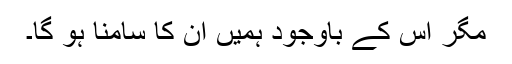
مگر اس کے باوجود ہمیں ان کا سامنا ہو گا۔